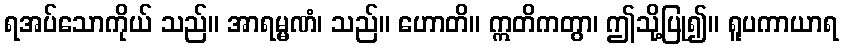
ရအပ်သောကိုယ် သည်။ အာရမ္မဏံ၊ သည်။ ဟောတိ။ ဣတိကတွာ၊ ဤသို့ပြု၍။ ရူပကာယာရ